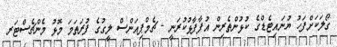
ގޯލަކަށްފަހު ޔުނައިޓެޑްގެ ކުޅުންތެރިން އުފާފާޅުކުރަނީ - ޗެމްޕިއަންސް ލީގުގެ ފުރަތަމަ މޮޅު މެންޗެސްޓަރ